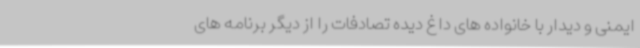
ایمنی و دیدار با خانواده های داغ دیده تصادفات را از دیگر برنامه های